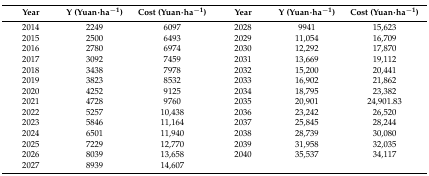
<table><thead><tr><td><b>Year</b></td><td><b>Y (Yuan·ha<sup>−1</sup>)</b></td><td><b>Cost (Yuan·ha<sup>−1</sup>)</b></td><td><b>Year</b></td><td><b>Y (Yuan·ha<sup>−1</sup>)</b></td><td><b>Cost (Yuan·ha<sup>−1</sup>)</b></td></tr></thead><tbody><tr><td>2014</td><td>2249</td><td>6097</td><td>2028</td><td>9941</td><td>15,623</td></tr><tr><td>2015</td><td>2500</td><td>6493</td><td>2029</td><td>11,054</td><td>16,709</td></tr><tr><td>2016</td><td>2780</td><td>6974</td><td>2030</td><td>12,292</td><td>17,870</td></tr><tr><td>2017</td><td>3092</td><td>7459</td><td>2031</td><td>13,669</td><td>19,112</td></tr><tr><td>2018</td><td>3438</td><td>7978</td><td>2032</td><td>15,200</td><td>20,441</td></tr><tr><td>2019</td><td>3823</td><td>8532</td><td>2033</td><td>16,902</td><td>21,862</td></tr><tr><td>2020</td><td>4252</td><td>9125</td><td>2034</td><td>18,795</td><td>23,382</td></tr><tr><td>2021</td><td>4728</td><td>9760</td><td>2035</td><td>20,901</td><td>24,901.83</td></tr><tr><td>2022</td><td>5257</td><td>10,438</td><td>2036</td><td>23,242</td><td>26,520</td></tr><tr><td>2023</td><td>5846</td><td>11,164</td><td>2037</td><td>25,845</td><td>28,244</td></tr><tr><td>2024</td><td>6501</td><td>11,940</td><td>2038</td><td>28,739</td><td>30,080</td></tr><tr><td>2025</td><td>7229</td><td>12,770</td><td>2039</td><td>31,958</td><td>32,035</td></tr><tr><td>2026</td><td>8039</td><td>13,658</td><td>2040</td><td>35,537</td><td>34,117</td></tr><tr><td>2027</td><td>8939</td><td>14,607</td><td></td><td></td><td></td></tr></tbody></table>